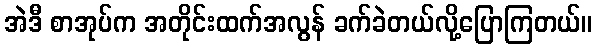
အဲဒီ စာအုပ်က အတိုင်းထက်အလွန် ခက်ခဲတယ်လို့ပြောကြတယ်။